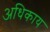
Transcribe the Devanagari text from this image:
अधिकाय